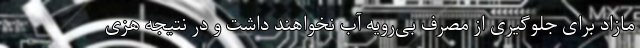
مازاد برای جلوگیری از مصرف بی‌رویه آب نخواهند داشت و در نتیجه هزی